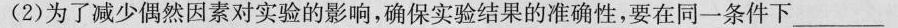
(2)为了减少偶然因素对实验的影响，确保实验结果的准确性，要在同一条件下___